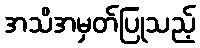
အသိအမှတ်ပြုသည့်